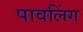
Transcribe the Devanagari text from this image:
पावलिंग